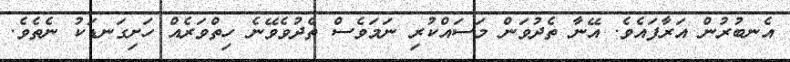
އެނބުރުން އަރާފައެވެ. އޭނާ ތެދުވަން މަސައްކުރި ނަމަވެސް ތެދުވެވޭނެ ހިތްވަރެއް ހަށިގަނޑަކު ނެތެވެ.